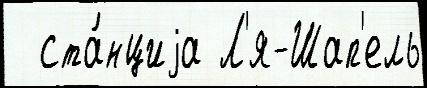
  ста́нциjа Л'я-Шап'ель